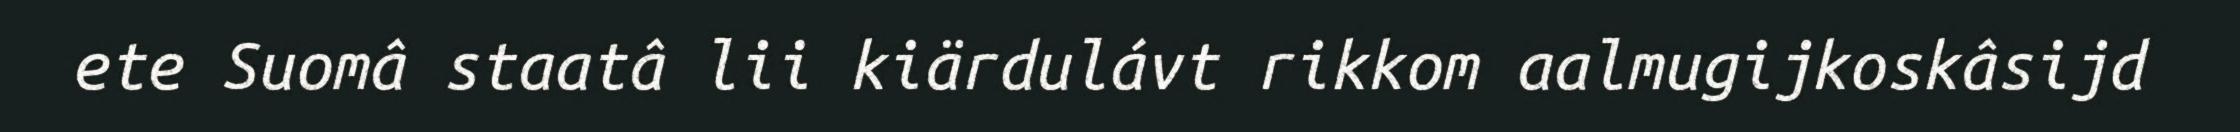
ete Suomâ staatâ lii kiärdulávt rikkom aalmugijkoskâsijd